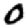
Digit: 0